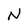
Character: N